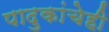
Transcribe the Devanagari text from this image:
पादुकांचेही